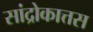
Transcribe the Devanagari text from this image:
सांद्रोकात्तस